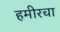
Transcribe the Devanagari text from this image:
हमीरचा